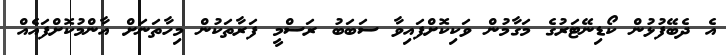
އެ ދެބޭފުޅުން ކޯޑިނޭޓަރުގެ މަގާމުން ވަކިކޮށްފައިވާ ސަބަބު ރަސްމީ ފަރާތަކުން މިހާތަނަށް އާންމުކޮށްފައެއް